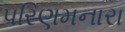
પરિણમનારા